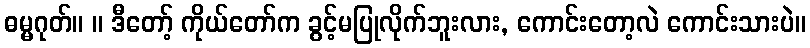
ဓမ္မဂုတ်။ ။ ဒီတော့် ကိုယ်တော်က ခွင့်မပြုလိုက်ဘူးလား, ကောင်းတော့လဲ ကောင်းသားပဲ။